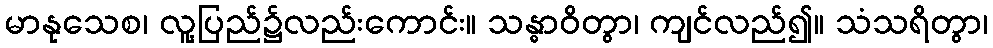
မာနုသေစ၊ လူ့ပြည်၌လည်းကောင်း။ သန္ဓာဝိတွာ၊ ကျင်လည်၍။ သံသရိတွာ၊